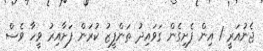
ޖެނުއަރީ 1 އިން ފެށިގެން ގަވައިދު ތަންފީޒު ކުރަން ފަށާއިރު ވީހާ ވެސް